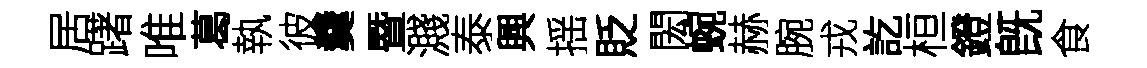
居躇唯葛執彼羹暨濺泰興揺貶閎蜿赫腕戎訖桓鐙旣食